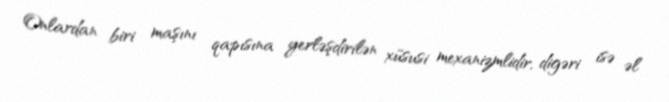
Onlardan biri maşını qapısına yerləşdirilən xüsusi mexanizmlidir, digəri isə əl